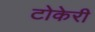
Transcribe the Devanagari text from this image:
टोकेरी